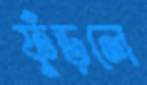
ফুঁড়লে